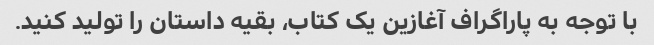
با توجه به پاراگراف آغازین یک کتاب، بقیه داستان را تولید کنید.